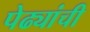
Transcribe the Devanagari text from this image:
पेढ्यांची